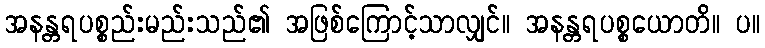
အနန္တရပစ္စည်းမည်းသည်၏ အဖြစ်ကြောင့်သာလျှင်။ အနန္တရပစ္စယောတိ။ ပ။